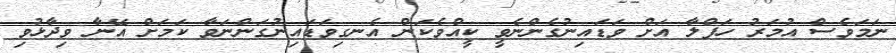
ނަމަވެސް އުމަރު ހަފްލާ އަށް ވަޑައިނުގެންނެވީ ކީއްވެކަން އެނގިވަޑައިނުގަންނަވާ ކަމަށް އޭނާ ވިދާޅުވި